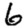
Digit: 6